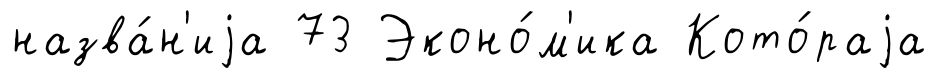
назва́н'иjа 73 Эконо́м'ика Кото́раjа